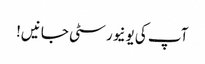
آپ کی یونیورسٹی جانیں!